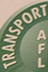
TRANSPORT